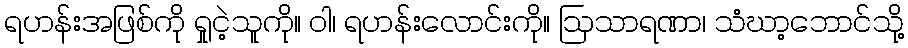
ရဟန်းအဖြစ်ကို ရှုငဲ့သူကို။ ဝါ၊ ရဟန်းလောင်းကို။ ဩသာရဏာ၊ သံဃာ့ဘောင်သို့